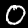
Digit: 0